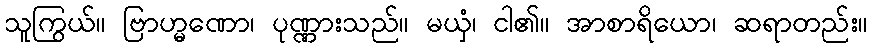
သူကြွယ်။ ဗြာဟ္မဏော၊ ပုဏ္ဏားသည်။ မယှံ၊ ငါ၏။ အာစာရိယော၊ ဆရာတည်း။